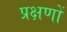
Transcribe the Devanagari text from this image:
प्रक्षणों